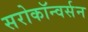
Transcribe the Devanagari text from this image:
सरोकॉन्वर्सन